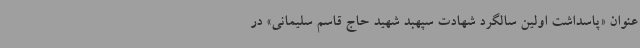
عنوان «پاسداشت اولین سالگرد شهادت سپهبد شهید حاج قاسم سلیمانی» در